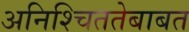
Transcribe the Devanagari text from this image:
अनिश्चिततेबाबत